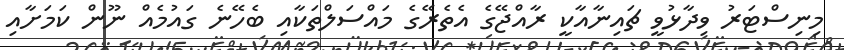
މިނިސްޓަރު ވިދާޅުވީ ޗައިނާއާކީ ރާއްޖޭގެ އެތެރޭގެ މައްސަލްތަކާއި ބެހޭނެ ގައުމެއް ނޫން ކަމަށާއި